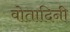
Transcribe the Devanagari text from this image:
वोतादिनी